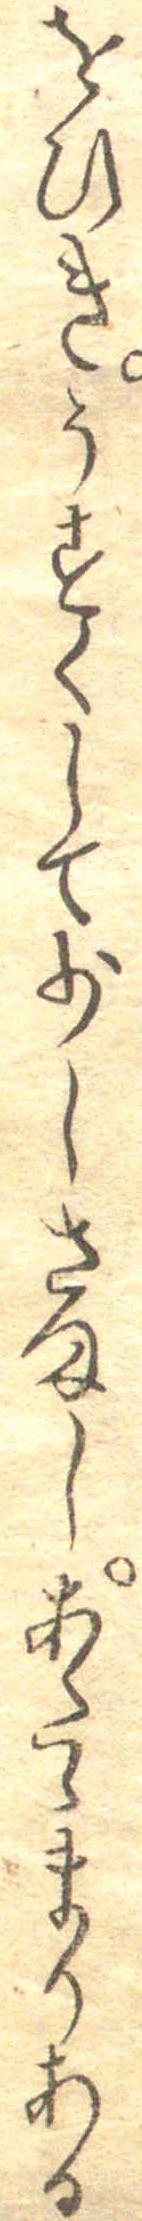
をひきうすくして少しさましあたゝまりある